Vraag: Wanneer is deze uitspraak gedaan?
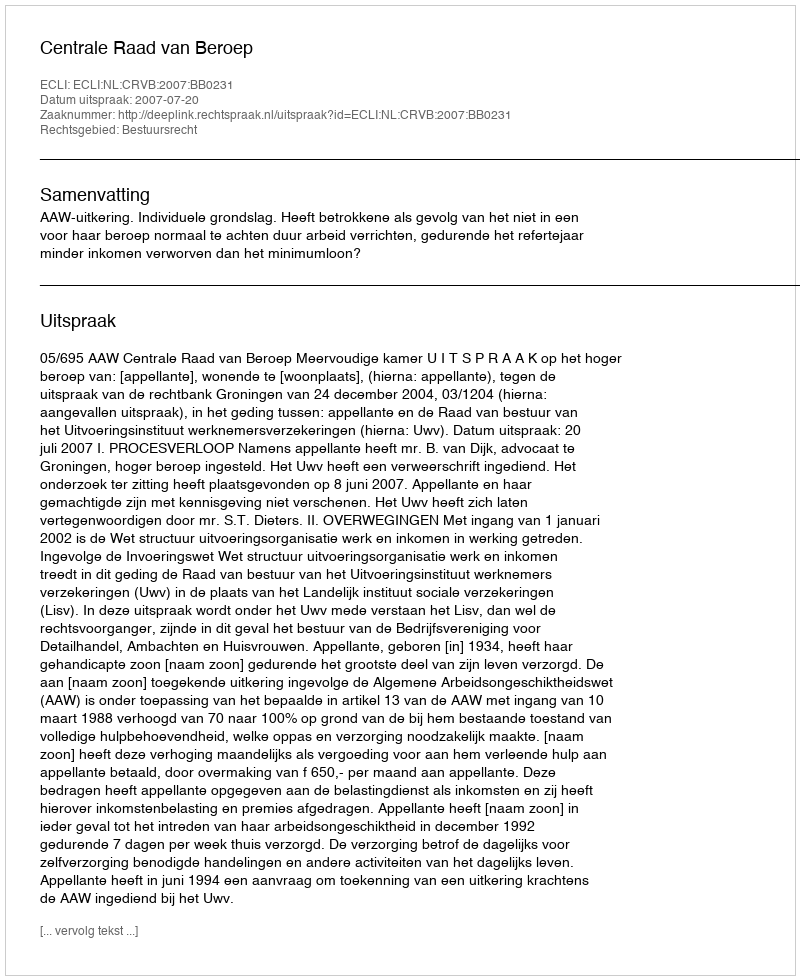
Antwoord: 2007-07-20